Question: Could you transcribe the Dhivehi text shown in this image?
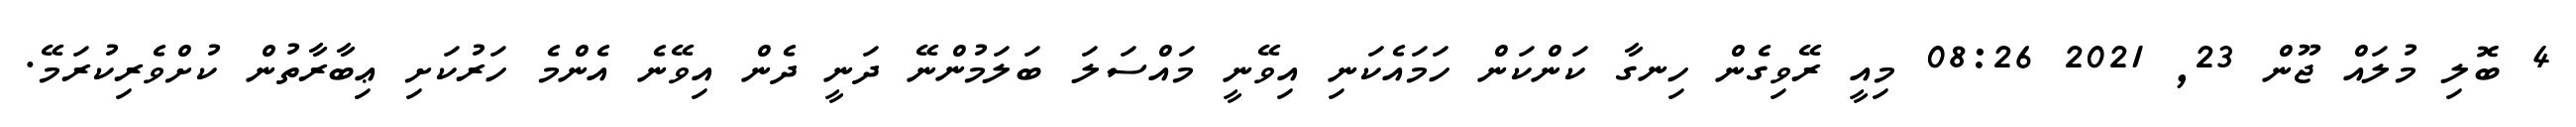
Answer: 4 ބޮލި މުލައް ޖޫން 23, 2021 08:26 މިއީ ރޭވިގެން ހިނގާ ކަންކަން ހަމައެކަނި އިވޭނީ މައްސަލަ ބަލަމުންނޭ ދަނީ ދެން އިވޭނެ އެންމެ ހަރުކަށި ޢިބާރާތުން ކުށްވެރިކުރަމޭ.